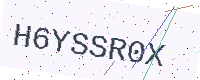
Text: H6YSSR0X